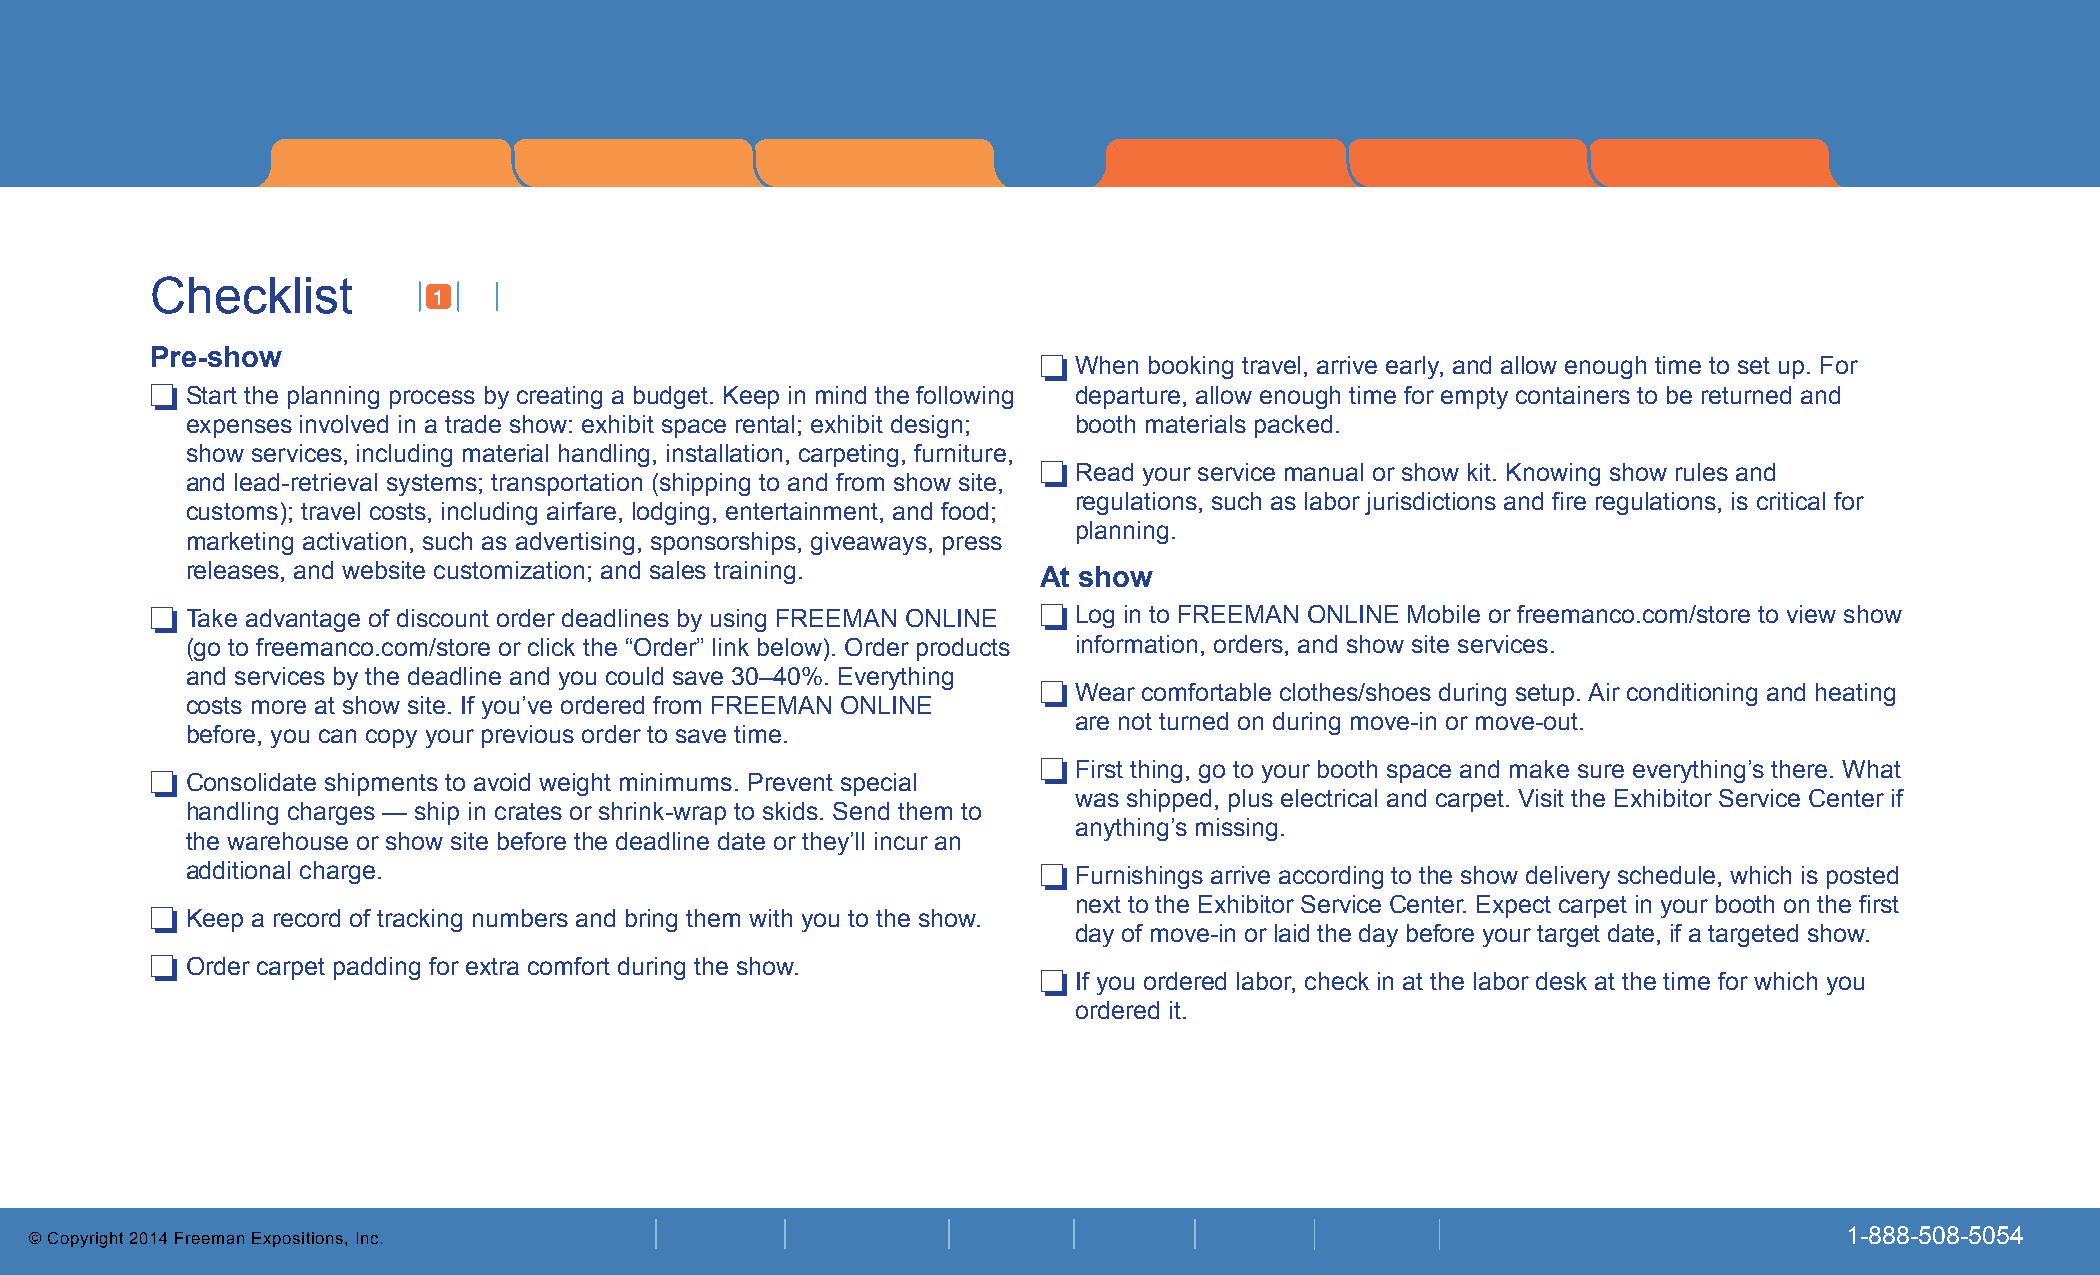
Checklist by timing
 Checklist
 1
 Pre-show                                                   ❏
 When booking travel, arrive early, and allow enough time to set up. For
 ❏
 Start the planning process by creating a budget. Keep in mind the following departure, allow enough time for empty containers to be returned and
 expenses involved in a trade show: exhibit space rental; exhibit design; booth materials packed.
 show services, including material handling, installation, carpeting, furniture,
 ❏
 Read your service manual or show kit. Knowing show rules and
 and lead-retrieval systems; transportation (shipping to and from show site,
 regulations, such as labor jurisdictions and fire regulations, is critical for
 customs); travel costs, including airfare, lodging, entertainment, and food;
 planning.
 marketing activation, such as advertising, sponsorships, giveaways, press
 releases, and website customization; and sales training.
 At show
 ❏ Take advantage of discount order deadlines by using FREEMAN ONLINE ❏ Log in to FREEMAN ONLINE Mobile or freemanco.com/store to view show
 (go to freemanco.com/store or click the “Order” link below). Order products information, orders, and show site services.
 and services by the deadline and you could save 30–40%. Everything
 ❏
 Wear comfortable clothes/shoes during setup. Air conditioning and heating
 costs more at show site. If you’ve ordered from FREEMAN ONLINE
 are not turned on during move-in or move-out.
 before, you can copy your previous order to save time.
 ❏
 ❏                                                            First thing, go to your booth space and make sure everything’s there. What
 Consolidate shipments to avoid weight minimums. Prevent special
 was shipped, plus electrical and carpet. Visit the Exhibitor Service Center if
 handling charges — ship in crates or shrink-wrap to skids. Send them to
 anything’s missing.
 the warehouse or show site before the deadline date or they’ll incur an
 additional charge.                                       ❏ Furnishings arrive according to the show delivery schedule, which is posted
 ❏                                                            next to the Exhibitor Service Center. Expect carpet in your booth on the first
 Keep a record of tracking numbers and bring them with you to the show.
 day of move-in or laid the day before your target date, if a targeted show.
 ❏
 Order carpet padding for extra comfort during the show.
 ❏
 If you ordered labor, check in at the labor desk at the time for which you
 ordered it.
 © Copyright 2014 Freeman Expositions, Inc.                                                                              1-888-508-5054